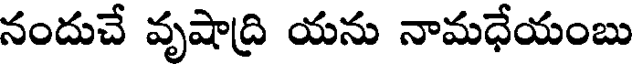
నందుచే వృషాద్రి యను నామధేయంబు